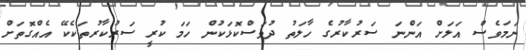
ނަމަވެސް އަލަށް އަންނަ ސަރުކާރުގެ ހާލަތު ދުވަސްކޮޅަކުން ހަމަ ކުރީ ސަރުކާރުތަކެކޭ އެއްގޮތަށް